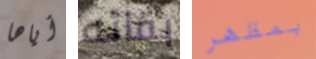
أياها بقائه بمظهر